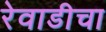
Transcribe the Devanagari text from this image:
रेवाडीचा